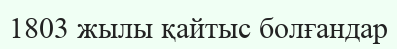
1803 жылы қайтыс болғандар